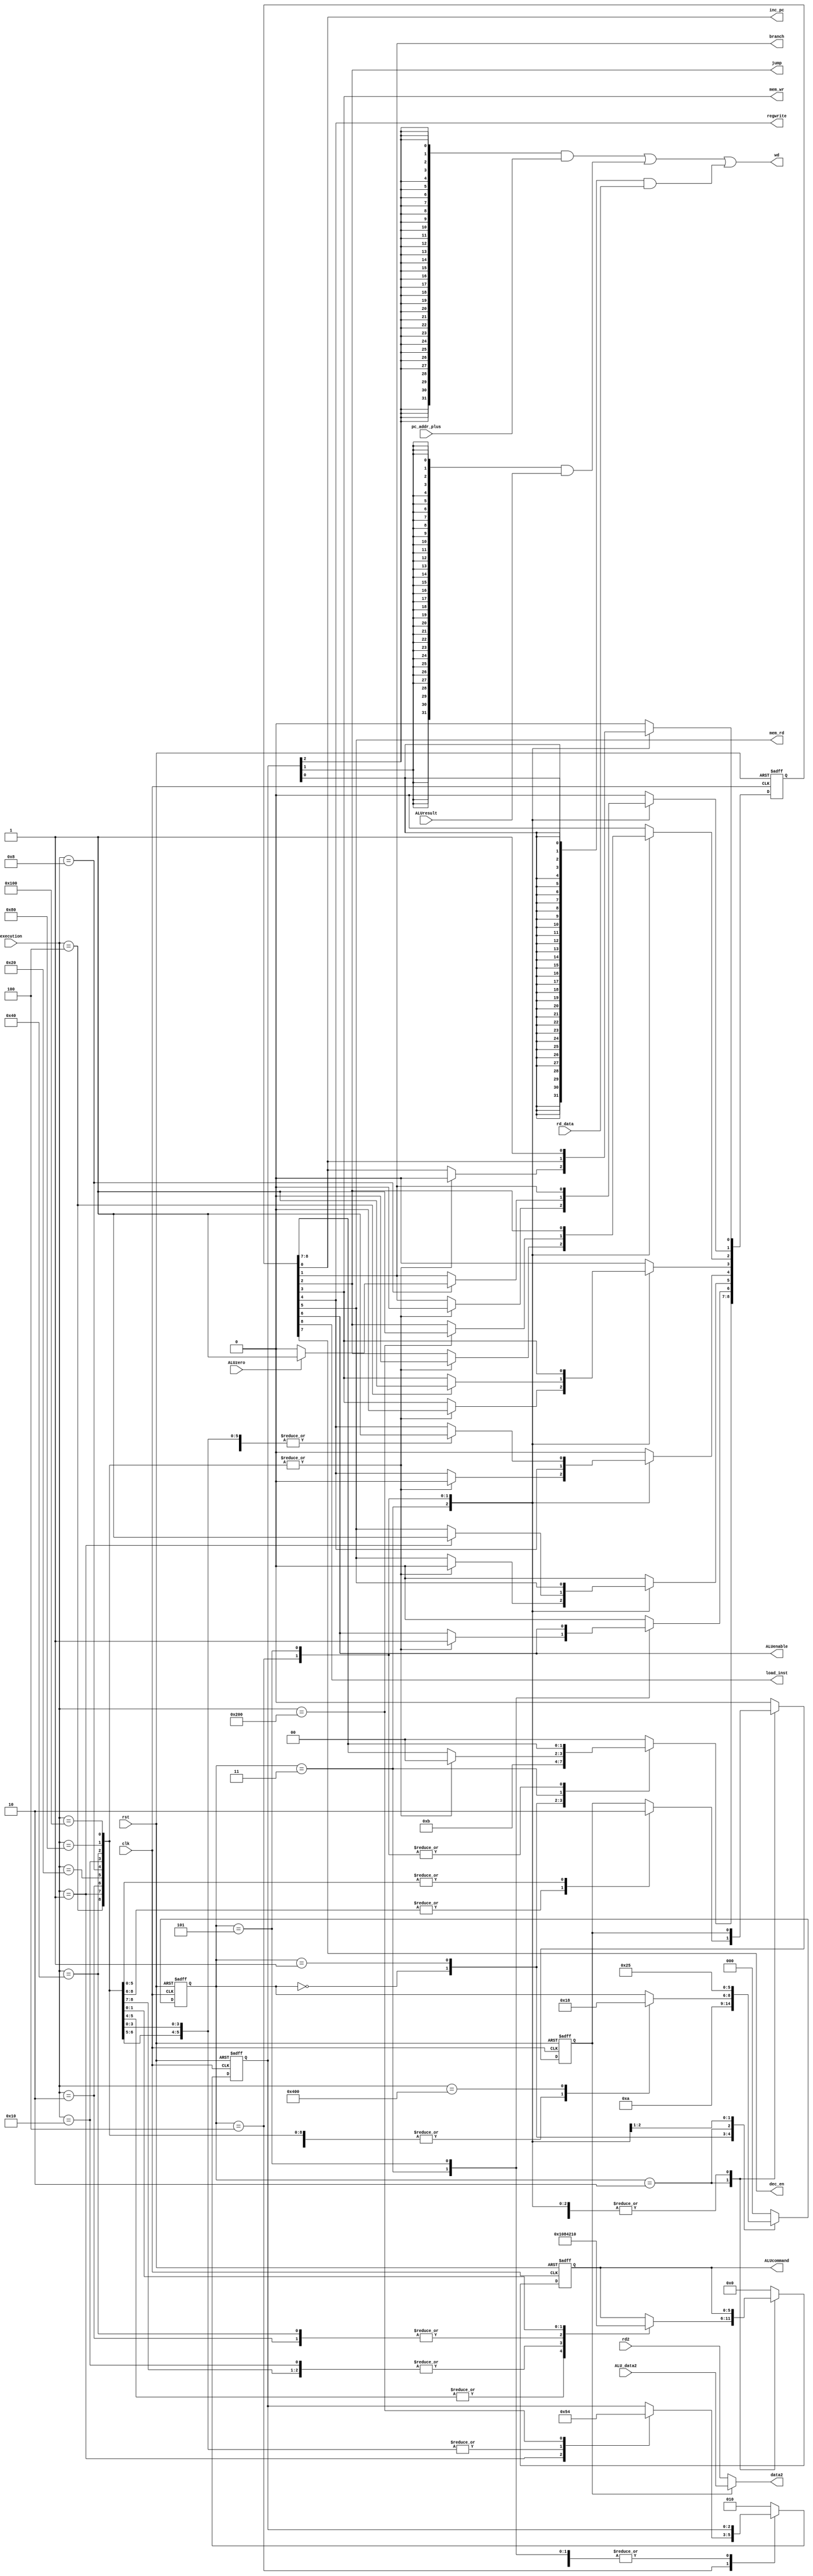
module control(
input[10:0] execution, 
input clk, input rst, 
input[31:0] ALU_data2, 
input[31:0] rd2, 
input ALUzero,
input[31:0] pc_addr_plus,
 input[31:0] ALUresult,
 input[31:0] rd_data,
output inc_pc, 
output load_inst,
 output dec_en, 
 output mem_rd, 
 output regwrite, 
 output[31:0] wd,
output ALUenable, 
output mem_wr, 
output jump, 
output branch, 
output[31:0] data2, 
output[5:0] ALUcommand);
   // I---LW, ld rd, rs1, imm
   // 12bit-immediate | 5bit-rs1 | 3bit-funct | 5bit-rd | 7bit-opcode 
   //load word :           LW     32'b?????????????????010?????0000011    I

   // I---SLLI, slli rd, imm(rs1)  shift rd to left by [imm+(value of rs1)] bits
   // 6bit-funct | 6bit-immediate | 5bit-rs1 | 3bit-funct | 5bit-rd | 7bit-opcode 
   //Shift Left imediate:  SLLI,  32'b000000???????????001?????0010011    I

   // S, sw rs1,rs2,imm, store the value in rs2 to the address [(value of rs1)+imm] of data_RAM
   //imm[11:5] | rs2 | rs1 | funct3 | imm[4:0] | opcode
   //store word:           SW     32'b?????????????????010?????0100011    S
   //SB, imm[12]|imm[10:5]|rs2|rs1|func3|imm[4:1]|imm[11]|opcode
   //Branch equal:         BEQ    32'b?????????????????000?????1100011    S   if rs1==rs2,  branch to imm

   //R, sll rd, rs1, rs2       shift the value of rs1 by (value of rs2) bits and reture the shifted value to rd
   // 7-bit funct | 5bit-rs2 | 5bit-rs1 | 3bit-funct | 5-bit rd | 7-bit opcode |
   //                      ADD    32'b0000000??????????000?????0110011    R
   //                      SUB    32'b0100000??????????000?????0110011    R
   //Shift Left:           SLL    32'b0000000??????????001?????0110011    R
   //                      XOR    32'b0000000??????????100?????0110011    R
   //                       OR    32'b0000000??????????110?????0110011    R
   //UJ, JAL, jal rd, imm, 
   // imm[20]| imm[10:1] | imm[11] | imm[19:12] | rd | opcode
   //                      JAL    32'b?????????????????????????1101111   UJ
   // system            EBREAK    32'b00000000000100000000000001110011   HALT system
    parameter ALUSUB=6'b000001;
    parameter ALUADD=6'b000010;
    parameter  ALUSL=6'b000100;
    parameter ALUXOR=6'b001000;
    parameter  ALUOR=6'b010000;
	 parameter ALUAND=6'b100000;
   
    parameter     LW=12'b000000000001;
    parameter   SLLI=12'b000000000010;
    parameter     SW=12'b000000000100;
    parameter    BEQ=12'b000000001000;
    parameter    ADD=12'b000000010000;
    parameter    SUB=12'b000000100000;
    parameter    SLL=12'b000001000000;
    parameter    XOR=12'b000010000000;
    parameter     OR=12'b000100000000;
    parameter    JAL=12'b001000000000;
    parameter   HALT=12'b010000000000;
	 parameter	  AND=12'b100000000000;
	 
    
    parameter     fetch=3'b000;
    parameter  decoding=3'b001;
    parameter   control=3'b010;
    parameter executing=3'b011;
    parameter writeback=3'b100;
    parameter change_pc=3'b101;

    reg[2:0] state;
    reg[8:0] op_reg;
    reg[5:0] ALUcommand_r;
    reg[2:0] select_wd;
    reg ALUsrc;

    assign data2=(ALUsrc==1'b1)?ALU_data2:rd2; //mux to selec the second input of the ALU is from ALU_data2 or directly from register i.e. rd2.
    assign {load_inst, dec_en, ALUenable, mem_rd, regwrite, mem_wr, jump, branch, inc_pc}=op_reg;
    assign ALUcommand=ALUcommand_r;
    assign wd=({32{select_wd[2]}}&pc_addr_plus)|({32{select_wd[1]}}&ALUresult)|({32{select_wd[0]}}&rd_data); // if select_wd=3'b100  then the input of the register writing is from pc_addr_plus
                                                                                                       // if select_wd=3'b010 from ALUresult, else 3'b001 from rd_data of dataRAM 
    always @(posedge clk or posedge rst)
       if (rst==1)
          begin
            state<=3'b000;
            op_reg<=9'b000000000;
            ALUsrc<=1'b0;
            ALUcommand_r<=5'b00000;
            select_wd<=3'b010;
          end
       else
          begin
            case(state)
              fetch:
                begin
                  op_reg<=9'b100000000; //load one instruction from inst_ROM based on the value of PC, initial value of PC is 0, 
                  state<=decoding;
                end
           decoding:
                begin
                  op_reg<=9'b110000000; //fetched one instruction and start to send to inst_decoder for decoding
                  state<=control;
                end
            control:
                begin
                  case(execution)
                     LW,SW:               //if the the execution is load word, do the following preparationg, later we will find in this stage LW SW have same operation
                       begin
                         ALUsrc<=1'b1; //select the imm address as the second input of the ALU, noting first input of ALU always from register file i.e. rd1.
                         ALUcommand_r<=ALUADD; //ALU execute add operation during execution state
                         state<=executing; //state to executing stage when next clock comes
                       end
                     SLLI:               //if the the execution is shift left immediately 
                       begin
                         ALUsrc<=1'b1; //select the imm value as the second input of the ALU to shift the rd1.
                         ALUcommand_r<=ALUSL; //
                         state<=executing; //state to executing stage when next clock comes
                       end
//                     SW:               //if the the execution is store word
//                       begin
//                         ALUsrc<=1'b1; //select the imm address as the second input of the ALU which will be addted to the adress in rd1 from register file.
//                         ALUcommand_r<=ALUADD; //ALU execute add operation, we can find that during the preparation stage, the LW and SW has same operation, we can joint them
//                       end
                     BEQ, SUB:               //if the the execution is branch when equal, we can find BEQ is same with SUB in this stage, we can joint them
                       begin
                         ALUsrc<=1'b0; //select the rd2 as the second input of ALU.
                         ALUcommand_r<=ALUSUB; //ALU execute sub operation
                         state<=executing; //state to executing stage when next clock comes
                       end
                     ADD:               //if the the execution is addition 
                       begin
                         ALUsrc<=1'b0; //select the rd2.
                         ALUcommand_r<=ALUADD; //execute addition 
                         state<=executing; //state to executing stage when next clock comes
                       end
                     SLL:               //if the the execution is logical shift left
                       begin
                         ALUsrc<=1'b0; //select the rd2.
                         ALUcommand_r<=ALUSL; //execute shift left 
                         state<=executing; //state to executing stage when next clock comes
                       end
                     XOR:               //if the the execution is bit wise xor 
                       begin
                         ALUsrc<=1'b0; //select the rd2.
                         ALUcommand_r<=ALUXOR; //execute bitwise xor
                         state<=executing; //state to executing stage when next clock comes
                       end
                     OR:               //if the the execution is bit wise or 
                       begin
                         ALUsrc<=1'b0; //select the rd2.
                         ALUcommand_r<=ALUOR; //execute bitwise or
                         state<=executing; //state to executing stage when next clock comes
                       end
							 AND:
								begin
								 ALUsrc<=1'b0;
								 ALUcommand_r<=ALUAND;
								 state<= executing;
								end 
                     JAL:               //if the the execution is jump
                       begin
                         //dont need ALU for jump, so dont need ALU preparations 
                         state<=executing; //state to executing stage when next clock comes
                       end
                     HALT:              //if the the execution is HALT
                       begin
                         //dont need ALU for jump, so dont need ALU preparations 
                         state<=fetch; //state to instruction fetch state, since PC keeps same, instructions fetched is still HALT,
                                       //therefore, the CPU will keep looping from the instruction fetch to control, we can take is as shutdown
                       end
                  endcase
                  op_reg<=9'b000000000;
                end
            executing:
                begin
                  case(execution)
                     LW, SLLI, SW, BEQ, ADD, SUB, SLL, XOR, OR, AND:op_reg<=9'b001000000; //executing ALU when the command requires
                  endcase
                  state<=writeback;
                end
            writeback:
                begin
                  case(execution)
                     LW:
                       begin
                         op_reg[5]<=1'b1; //start reading the data ram content at the address indexed by the ALUresult
                         select_wd<=3'b001; //select the output of data ram as the input of register writing
                       end
                     SW:
                       begin
                         op_reg[3]<=1'b1; //start writing rd2 to the data ram at the address indexed by the ALUresult                         
                       end
                     SLLI, ADD, SUB, SLL, XOR, OR:
                       begin
                         select_wd<=3'b010; //select the output of ALUresult ram as the input of register writing
                       end
                     BEQ:
                       begin
                         op_reg[1]<=(ALUzero==1'b1)?1'b1:1'b0; //if the value is same , then set branch to 1
                       end
                     JAL:
                       begin
                         select_wd<=3'b100; //select pc_addr_plus as the input of register writing
                         op_reg[2]<=1'b1; //set the jump to 1 for instruction address updating in pc
                       end
                  endcase
                  state<=change_pc;
                  op_reg[6]<=1'b0; //change ALUenable back to 0
                end
            change_pc:
                begin
                  case(execution)
                     LW, SLLI, ADD, SUB, SLL, XOR, OR, JAL:op_reg[4]<=1'b1; //write the result to register file
                  endcase
                  state<=fetch; //finished the command and return to the instruction fetch stage
                  op_reg[0]<=1'b1; //for all commands, update the pc trigierd by the rising edge of inc_pc
                end
            default: 
                begin
                  state<=3'b000;
                  op_reg<=9'b000000000;
                  ALUsrc<=1'b0;
                  ALUcommand_r<=5'b00000;
                  select_wd<=3'b010;
                end
            endcase
          end
endmodule
//Mar. 3, 2019, Y. Zhao, EECS2021, YorkU